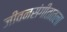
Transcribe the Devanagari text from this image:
जीवनसंगीतातला